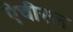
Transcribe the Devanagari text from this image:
ऐचीसन